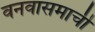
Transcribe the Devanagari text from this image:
वनवासमाची